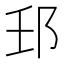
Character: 𨙼